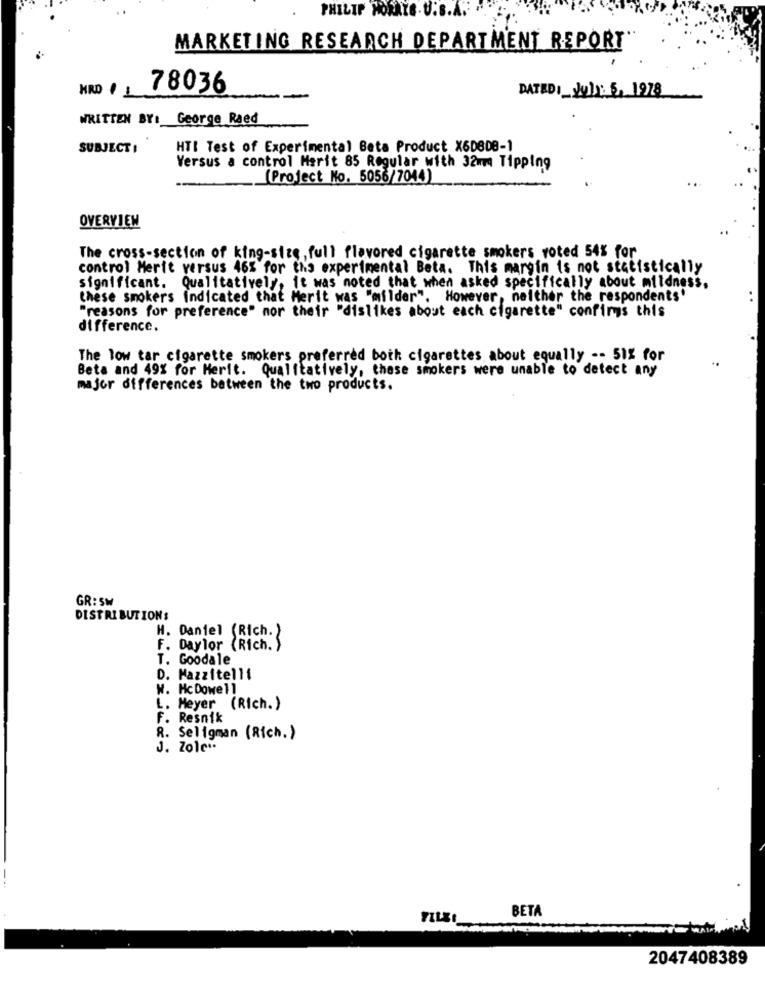
PHILIP HORAYS.U.S.A. .
MARKETING RESEARCH DEPARTMENT REPORT'
78036
DATEDI _July: 5, 1978
WRITTEN BY: George Raed
SUBJECT :
HTI Test of Experimental Beta Product X6DBDB-1
Versus a control Merit 85 Regular with 32mm Tipping
(Project No. 5056/7044)
OVERVIEW
The cross-section of king-size , full flavored cigarette smokers voted 54% for
control Merit versus 46% for this experimental Beta. This margin is not statistically
significant. Qualitatively, it was noted that when asked specifically about mildness,
these smokers indicated that Merit was "milder". However, neither the respondents'
"reasons for preference" nor their "dislikes about each cigarette" confirms this
difference.
The low tar cigarette smokers preferred both cigarettes about equally -- 51% for
Beta and 49% for Merit. Qualitatively, those smokers were unable to detect any
major differences between the two products.
GR: Sw
DISTRIBUTIONS
H. Daniel (Rich. )
F. Daylor (Rich. )
T. Goodale
D. Mazzitelli
W. HcDowell
L. Meyer (Rich.)
F. Resnik
R. Seligman (Rich.)
J. Zole **
BETA
FILSI_
2047408389